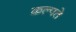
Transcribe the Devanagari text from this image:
कल्पते